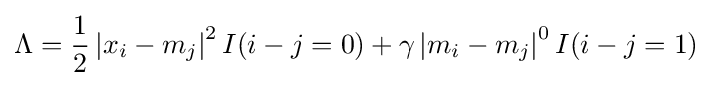
\Lambda ={\frac {1}{2}}\left|x_{i}-m_{j}\right|^{2}I(i-j=0)+\gamma \left|m_{i}-m_{j}\right|^{0}I(i-j=1)